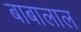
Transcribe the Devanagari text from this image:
बाबालाल